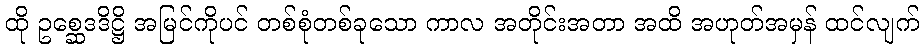
ထို ဥစ္ဆေဒဒိဋ္ဌိ အမြင်ကိုပင် တစ်စုံတစ်ခုသော ကာလ အတိုင်းအတာ အထိ အဟုတ်အမှန် ထင်လျက်